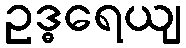
ဥဒ္ဓရေယျ